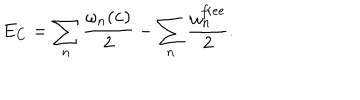
E _ { C } = \sum _ { n } { \frac { \omega _ { n } ( { \bf c } ) } { 2 } } - \sum _ { n } { \frac { \omega _ { n } ^ { \it f r e e } } { 2 } } .